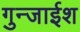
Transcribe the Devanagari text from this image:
गुन्जाईश